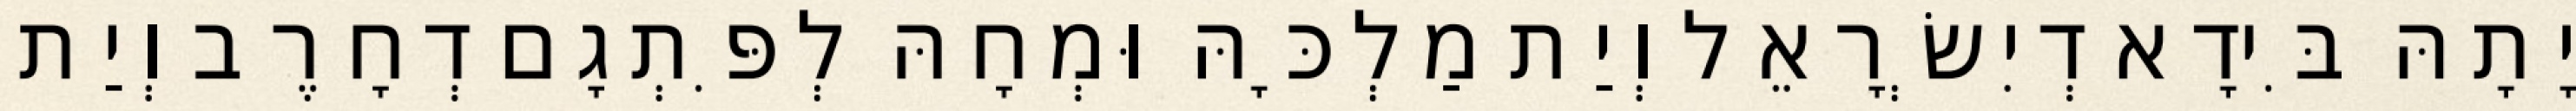
יָתָהּ בִּידָא דְיִשְׂרָאֵל וְיַת מַלְכָּהּ וּמְחָהּ לְפִּתְגָם דְחָרֶב וְיַת